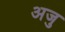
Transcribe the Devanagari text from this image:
अजु